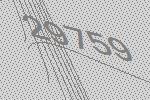
29759